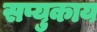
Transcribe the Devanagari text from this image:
सप्युकाय